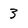
Character: 3